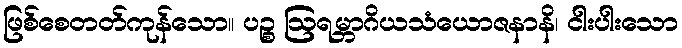
ဖြစ်စေတတ်ကုန်သော။ ပဉ္စ ဩရမ္ဘာဂိယသံယောဇနာနိ၊ ငါးပါးသော